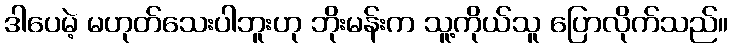
ဒါပေမဲ့ မဟုတ်သေးပါဘူးဟု ဘိုးမန်းက သူ့ကိုယ်သူ ပြောလိုက်သည်။